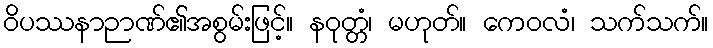
ဝိပဿနာဉာဏ်၏အစွမ်းဖြင့်။ နဝုတ္တံ၊ မဟုတ်။ ကေဝလံ၊ သက်သက်။